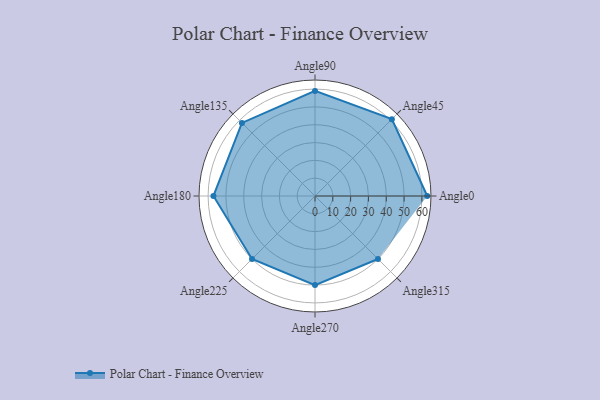
{"axis": {"x": "Angle", "y": "Radius"}, "legend": [""], "data": [{"x": "Angle0", "y": 63.0, "type": ""}, {"x": "Angle45", "y": 61.0, "type": ""}, {"x": "Angle90", "y": 59.0, "type": ""}, {"x": "Angle135", "y": 58.0, "type": ""}, {"x": "Angle180", "y": 57.0, "type": ""}, {"x": "Angle225", "y": 50, "type": ""}, {"x": "Angle270", "y": 50, "type": ""}, {"x": "Angle315", "y": 50, "type": ""}]}